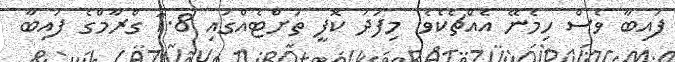
ފައިބާ ވެސް ހިމެނޭ އެއްޗެކެވެ. މިފަދަ ކޮފީ ތަށްޓެއްގައި 1.8 ގްރާމްގެ ފައިބާ